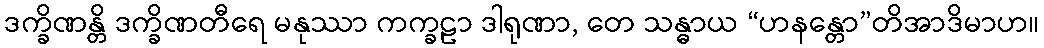
ဒက္ခိဏန္တိ ဒက္ခိဏတီရေ မနုဿာ ကက္ခဠာ ဒါရုဏာ, တေ သန္ဓာယ “ဟနန္တော”တိအာဒိမာဟ။